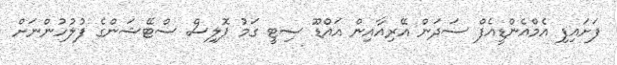
ފަށައިފި އެމްއެންޑީއެފް ސަދަން އޭރިއާއިން އައްޑޫ ސިޓީ ގަމު ޕޮލިސް ސްޓޭޝަންގެ ފުލުހުންނަށް